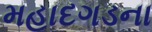
મહાદગડના